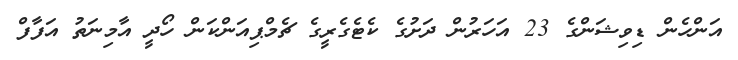
އަންހެން ޑިވިޝަންގެ 23 އަހަރުން ދަށުގެ ކެޓެގެރީގެ ޗެމްޕިއަންކަން ހޯދީ އާމިނަތު އަފާފް